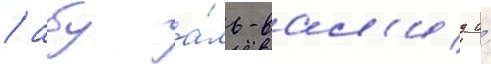
/ абу а́ль-вал'ид и́